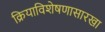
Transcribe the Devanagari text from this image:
क्रियाविशेषणासारखा